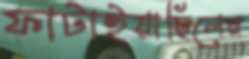
ফাটাইয়াছিলেন